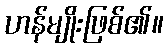
ဟန်မျိုးဖြစ်၏။